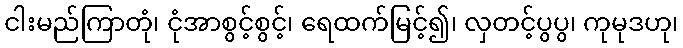
ငါးမည်ကြာတုံ၊ ငုံအာစွင့်စွင့်၊ ရေထက်မြင့်၍၊ လှတင့်ပွပွ၊ ကုမုဒဟု၊